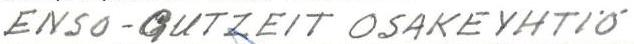
ENSO-GUTZEIT OSAKEYHTIÖ